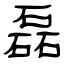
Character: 磊